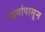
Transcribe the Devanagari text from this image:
भागांपासुन